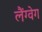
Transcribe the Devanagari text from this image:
लैंग्वेग